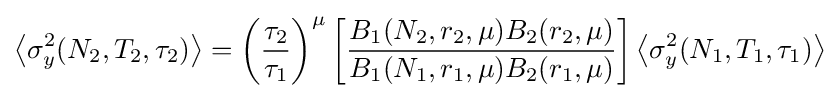
\left\langle \sigma _{y}^{2}(N_{2},T_{2},\tau _{2})\right\rangle =\left({\frac {\tau _{2}}{\tau _{1}}}\right)^{\mu }\left[{\frac {B_{1}(N_{2},r_{2},\mu )B_{2}(r_{2},\mu )}{B_{1}(N_{1},r_{1},\mu )B_{2}(r_{1},\mu )}}\right]\left\langle \sigma _{y}^{2}(N_{1},T_{1},\tau _{1})\right\rangle